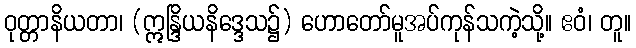
ဝုတ္တာနိယတာ၊ (ဣန္ဒြိယနိဒ္ဒေသ၌) ဟောတော်မူအပ်ကုန်သကဲ့သို့။ ဧဝံ၊ တူ။